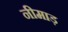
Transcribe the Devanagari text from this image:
नीमाड़